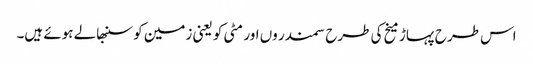
اس طرح پہاڑ میخ کی طرح سمندر وں اور مٹی کو یعنی زمین کو سنبھالے ہوئے ہیں۔